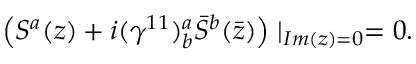
\left( S ^ { a } ( z ) + i ( \gamma ^ { 1 1 } ) _ { b } ^ { a } \bar { S } ^ { b } ( \bar { z } ) \right) \mid _ { I m ( z ) = 0 } = 0 .